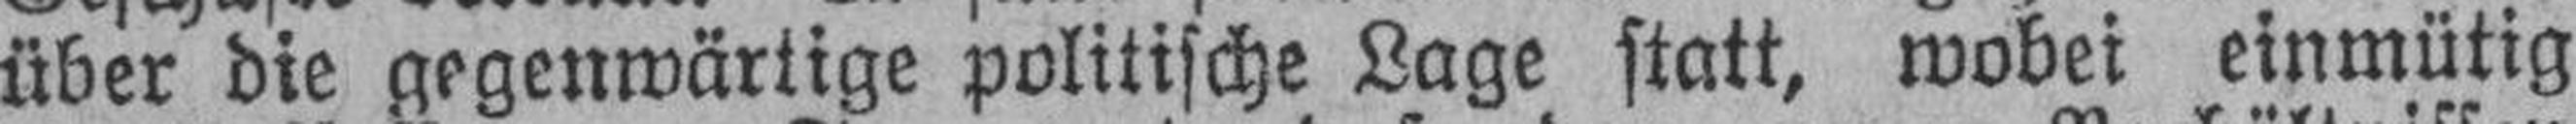
über die gegenwärtige politische Lage statt, wobei einmütig